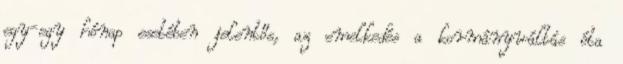
egy-egy hónap esetében jelentős, az emelkedés a kormányváltás óta